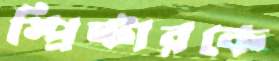
স্প্রিন্টারকে